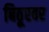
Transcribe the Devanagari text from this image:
बिठूरवर